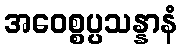
အဝေစ္စပ္ပသန္နာနံ